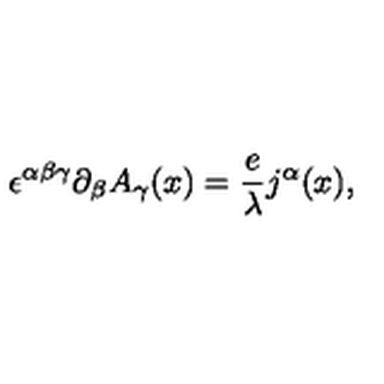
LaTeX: \epsilon ^ { \alpha \beta \gamma } \partial _ { \beta } A _ { \gamma } ( x ) = \frac { e } { \lambda } j ^ { \alpha } ( x ) ,